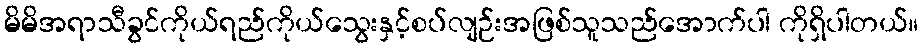
မိမိအရာသီခွင်ကိုယ်ရည်ကိုယ်သွေးနှင့်စပ်လျဉ်းအဖြစ်သူသည်အောက်ပါ ကိုရှိပါတယ်။